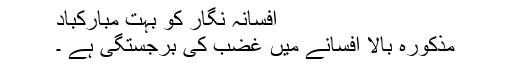
افسانہ نگار کو بہت مبارکباد
مذکورہ بالا افسانے میں غضب کی برجستگی ہے ۔